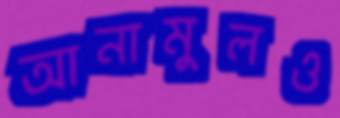
আনামুলও